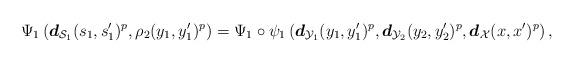
LaTeX: \begin{align*}\Psi_1 \left( \boldsymbol{d}_{\mathcal{S}_1}(s_1, s_1^\prime)^p, \rho_2(y_1, y_1^\prime)^{p} \right) = \Psi_1 \circ \psi_1 \left( \boldsymbol{d}_{\mathcal{Y}_1}(y_1, y_1^\prime)^{p} , \boldsymbol{d}_{\mathcal{Y}_2} (y_2, y_2^\prime )^p , \boldsymbol{d}_{\mathcal{X}}(x, x^\prime)^p \right), \end{align*}